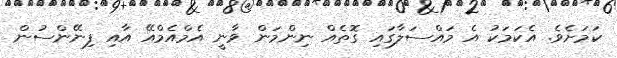
ކަމަށެވެ. އެކަމަކު އެ މައްސަލާގައި ގޮތެއް ނިންމަން ވާނީ އެމްއެމްއޭ އާއި ފިނޭންސުން